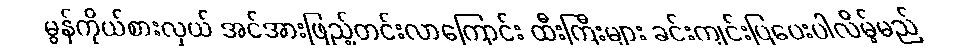
မွန်ကိုယ်စားလှယ် အင်အားဖြည့်တင်းလာကြောင်း ထီးကြီးများ ခင်းကျင်းပြပေးပါလိမ့်မည်